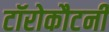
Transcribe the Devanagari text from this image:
टॉरोकौटनी